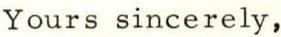
Yours sincerely,